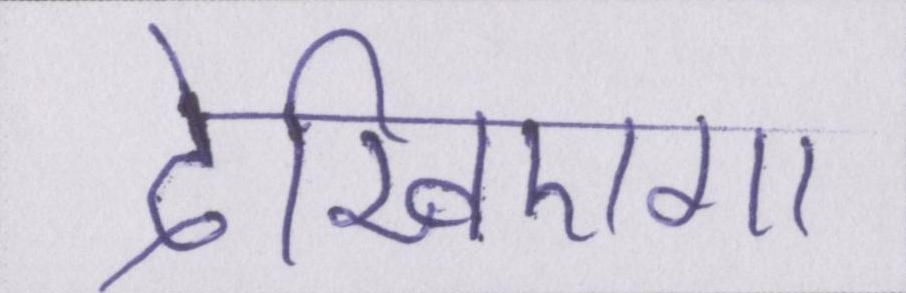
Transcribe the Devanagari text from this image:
देखिएगा